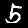
Label: 5